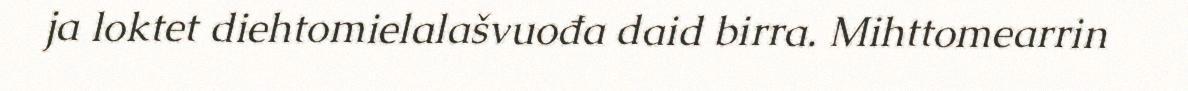
ja loktet diehtomielalašvuođa daid birra. Mihttomearrin